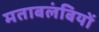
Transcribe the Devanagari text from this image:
मताबलंबियों